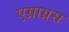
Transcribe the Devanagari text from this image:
एग्राग्रस